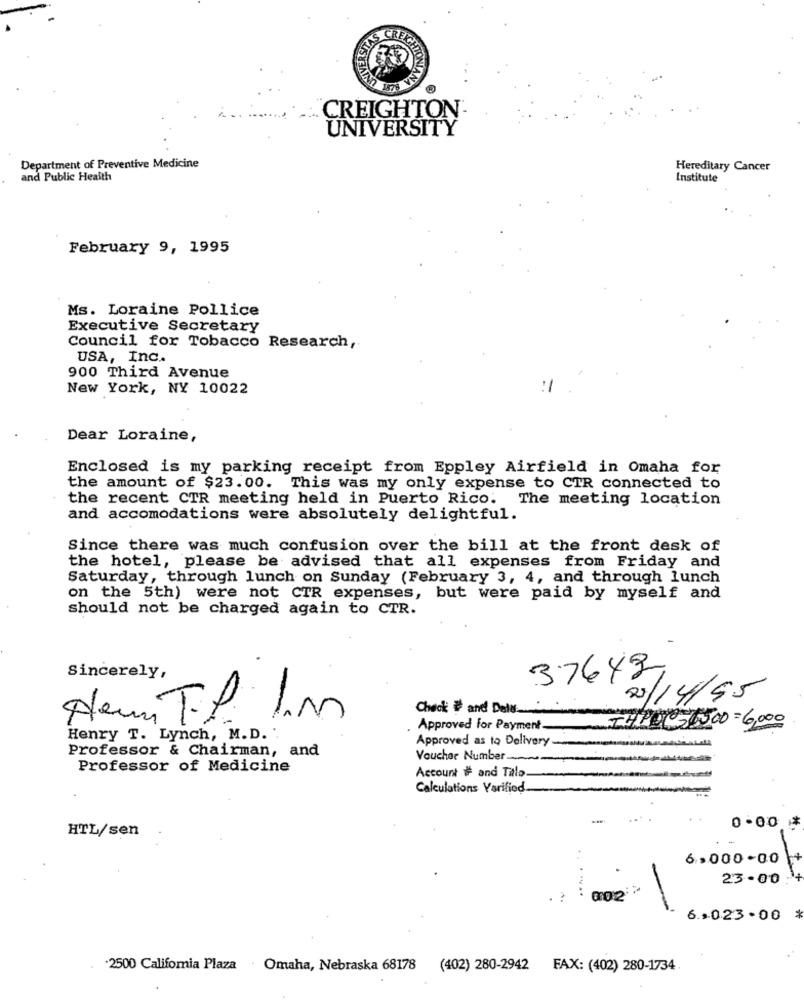
SVIN
CREIGHTON-
UNIVERSITY
Department of Preventive Medicine
Hereditary Cancer
and Public Health
Institute
February 9, 1995
Ms. Loraine Pollice
Executive Secretary
Council for Tobacco Research,
USA, Inc ..
900 Third Avenue
New York, NY 10022
Dear Loraine,
Enclosed is my parking receipt from Eppley Airfield in Omaha for
the amount of $23.00. This was my only expense to CTR connected to
the recent CTR meeting held in Puerto Rico. The meeting location
and accomodations were absolutely delightful.
Since there was much confusion over the bill at the front desk of
the hotel, please be advised that all expenses from Friday and
Saturday, through lunch on Sunday (February 3, 4, and through lunch
on the 5th) were not CTR expenses, but were paid by myself and
should not be charged again to CTR.
Sincerely,
37643
A
-
23/14/95
-
Check # and Dela
Approved for Payment-
THREE ESCO =6,000
Henry T. Lynch, M.D.
Approved as to Delivery
Professor & Chairman, and
Voucher Number __
Professor of Medicine
Account # and Tillo
Calculations Varified
-
HTL/sen
0.00
6,000-00
23.00
. ....
. .
002
*
6.>023 . 00
·2500 Califomia Plaza · Omaha, Nebraska 68178 (402) 280-2942 FAX: (402) 280-1734